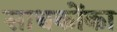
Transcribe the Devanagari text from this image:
साधकोंका